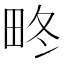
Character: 𤱞